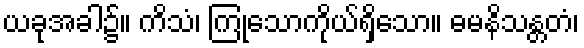
ယခုအခါ၌။ ကိသံ၊ ကြုံသောကိုယ်ရှိသော။ ဓမနိသန္တတံ၊